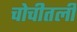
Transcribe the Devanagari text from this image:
चोचीतली